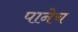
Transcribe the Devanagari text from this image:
पानेच